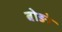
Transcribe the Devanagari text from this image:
बोङो